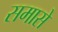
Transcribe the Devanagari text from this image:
समासे